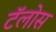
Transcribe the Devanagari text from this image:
टॅलोस